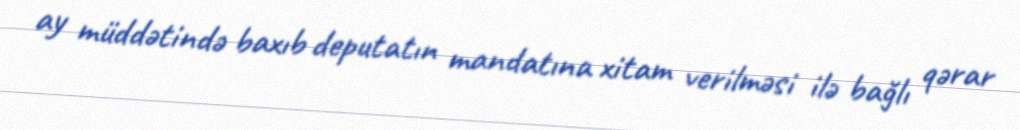
ay müddətində baxıb deputatın mandatına xitam verilməsi ilə bağlı qərar